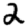
Digit: 2